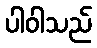
ပါဝါသည်